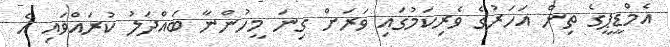
އެމްޑީޕީގެ ތިން އަހަރުގެ ވެރިކަމުގައި ވަރަށް ގިނަ މީހުންނާ ބައްދަލު ކުރައްވައި އެ